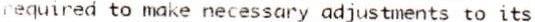
REQUIRED TO MAKE NECESSARY ADJUSTMENTS TO ITS